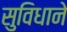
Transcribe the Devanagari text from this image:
सुविधाने